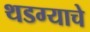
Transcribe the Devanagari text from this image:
थडग्याचे